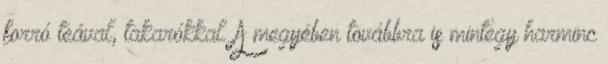
forró teával, takarókkal. A megyében továbbra is mintegy harminc